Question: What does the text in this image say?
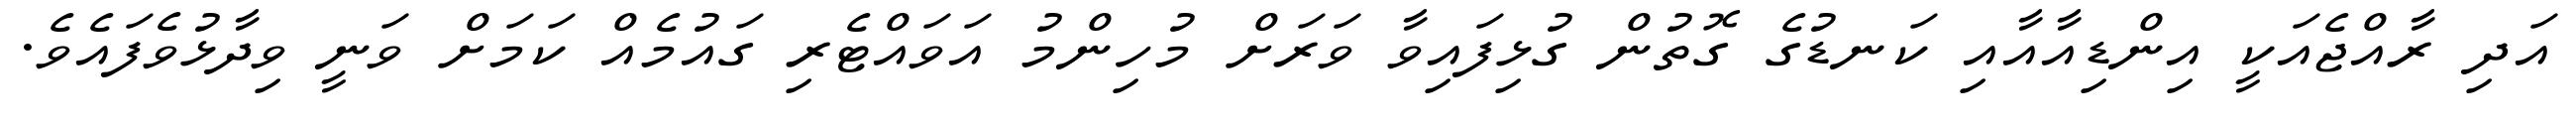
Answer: އަދި ރާއްޖެއަކީ އިންޑިއާއާއި ކަނޑުގެ ގޮތުން ގުޅިފައިވާ ވަރަށް މުހިންމު އަވައްޓެރި ގައުމެއް ކަމަށް ވަނީ ވިދާޅުވެފައެވެ.